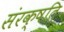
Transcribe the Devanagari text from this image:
संरक्षति